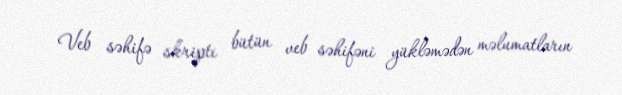
Veb səhifə skripti bütün veb səhifəni yükləmədən məlumatların